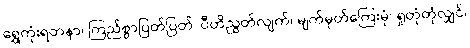
ရွှေကုံးရတနာ၊ ကြည်စွာပြတ်ပြတ်၊ ပီတိညွတ်လျက်၊ မျက်မှတ်ကြေးမုံ၊ ရှုတုံတုံလျှင်၊